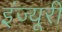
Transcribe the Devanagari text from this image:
इंज्यूरी